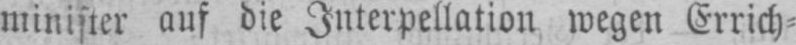
minister auf die Interpellation wegen Errich⸗